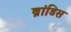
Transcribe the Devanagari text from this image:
ब्रांडिस